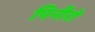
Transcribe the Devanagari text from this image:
पिनीरो